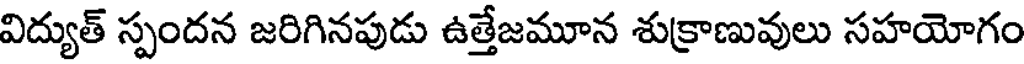
విద్యుత్ స్పందన జరిగినపుడు ఉత్తేజమూన శుక్రాణువులు సహయోగం